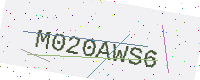
Text: M020AWS6